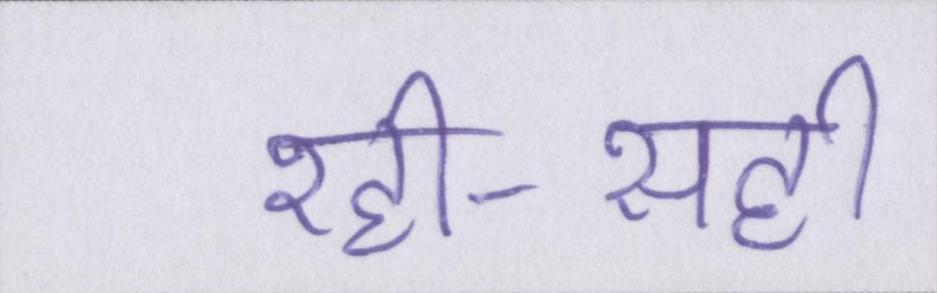
रही-सही